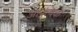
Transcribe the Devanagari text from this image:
आकुंचक